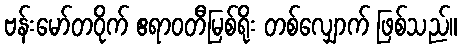
ဗန်းမော်တဝိုက် ဧရာဝတီမြစ်ရိုး တစ်လျှောက် ဖြစ်သည်။